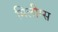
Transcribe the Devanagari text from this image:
मिलीम्स